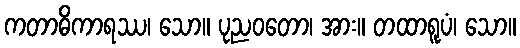
ကတာဓိကာရဿ၊ သော။ ပုညဝတော၊ အား။ တထာရူပံ၊ သော။